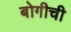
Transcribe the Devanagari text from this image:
बोगीची